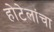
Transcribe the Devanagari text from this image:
होटेलांचा